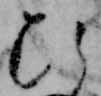
ひ